Civil Veterinary Department. United Provinces 1932-42 - 1932-1942
Year: 1932
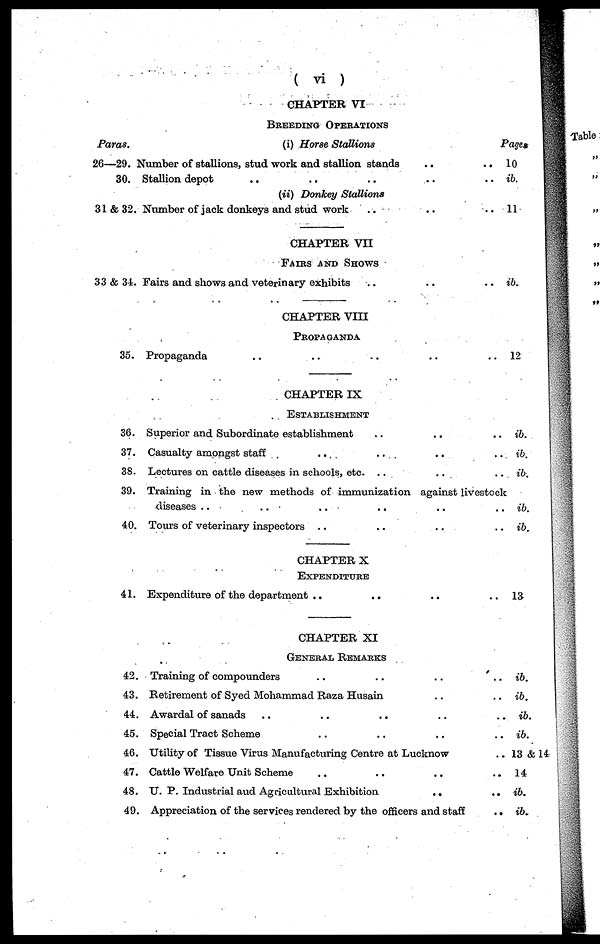
(vi)
CHAPTER VI
BREEDING OPERATIONS
Paras.
26—29.
30.
31 & 32.
33 & 34.
35.
30.
37.
38.
39.
40.
41.
42.
43.
44.
45.
46.
47.
48.
49.
(i) Horse Stallions
Number of stallions, stud work and stallion stands ..
Stallion depot .. .. .. ..
(ii) Donkey Stallions
Number of jack donkeys and stud work .. ..
CHAPTER VII
FAIRS AND SHOWS
Fairs and shows and veterinary exhibits .. ..
CHAPTER VIII
PROPAGANDA
Propaganda .. .. .. ..
CHAPTER IX
ESTABLISHMENT
Superior and Subordinate establishment .. ..
Casualty amongst staff
.. .. ..
Lectures on cattle diseases in schools, etc. .. ..
Training in the new methods of immunization against livestock
diseases .. .. .. ..
Tours of veterinary inspectors .. .. ..
CHAPTER X
EXPENDITURE
Expenditure of the department .. .. ..
CHAPTER XI
GENERAL REMARKS
Training of compounders .. .. ..
Retirement of Syed Mohammad Raza Husain ..
Awardal of sanads
..
..
.. ..
Special Tract Scheme .. .. ..
Utility of Tissue Virus Manufacturing Centre at Lucknow
Cattle Welfare Unit Scheme .. .. ..
U. P. Industrial and Agricultural Exhibition
..
Appreciation of the services rendered by the officers and staff
Pages
.. 10
.. ib.
.. 11
.. ib.
.. 12
.. ib.
..
ib.
..
ib.
.. ib.
..
ib.
.. 13
..
ib.
..
ib.
..
ib.
..
ib.
.. 13 & 14
.. 14
.. ib.
..
ib.